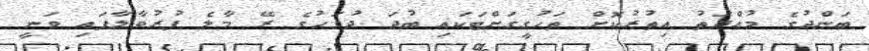
ބަންދުގެ މުއްދަތު އިތުރުކޮށް ތަހުގީގަށްޓަކައި ބުދަ ދުވަހުގެ ރޭ މާލެ ފުރުވާލާފައި ވަނީ